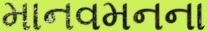
માનવમનના